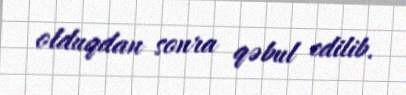
olduqdan sonra qəbul edilib.